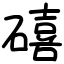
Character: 礂